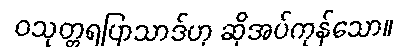
ဝသုတ္တရပြာသာဒ်ဟု ဆိုအပ်ကုန်သော။